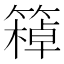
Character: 𥴙